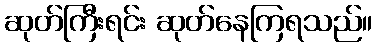
ဆုတ်ကြီးရင်း ဆုတ်နေကြရသည်။